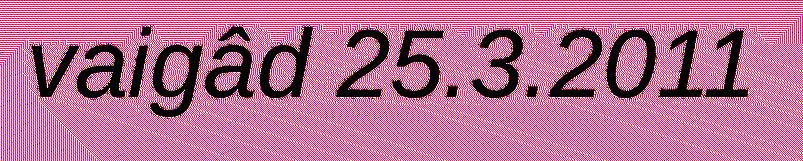
vaigâd 25.3.2011